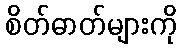
စိတ်ဓာတ်များကို